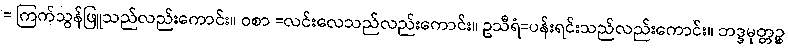
= ကြက်သွန်ဖြူသည်လည်းကောင်း။ ဝစာ =လင်းလေသည်လည်းကောင်း။ ဥသီရံ=ပန်းရင်းသည်လည်းကောင်း။ ဘဒ္ဒမုတ္တဉ္စ